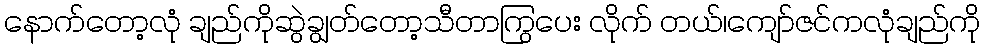
နောက်တော့လုံ ချည်ကိုဆွဲချွတ်တော့သီတာကြွပေး လိုက် တယ်၊ကျော်ဇင်ကလုံချည်ကို